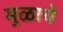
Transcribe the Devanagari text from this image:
मुळाचे